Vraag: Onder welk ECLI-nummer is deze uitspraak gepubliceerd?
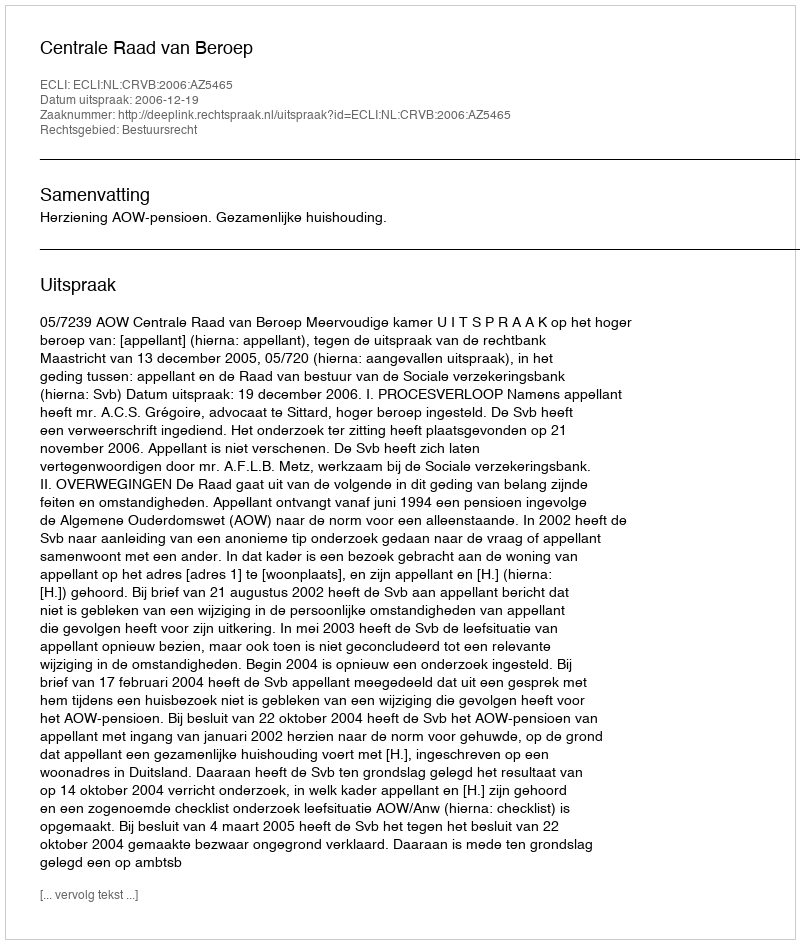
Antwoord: ECLI:NL:CRVB:2006:AZ5465